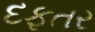
દફતર